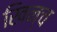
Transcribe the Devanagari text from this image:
खिन्च